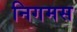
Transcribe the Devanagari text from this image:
निगमस